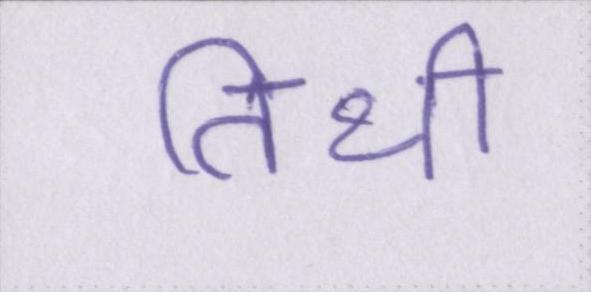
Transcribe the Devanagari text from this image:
तिथी